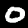
Label: 0